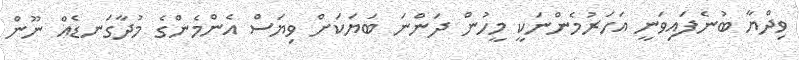
ވިދްޔާ ބުނެފައިވަނީ އަހަރުމެންނަކީ މީހުން ދަންނަ ބަޔަކަށް ވިޔަސް އެންމެންގެ މުދާގަނޑެއް ނޫން